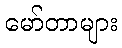
မော်တာများ